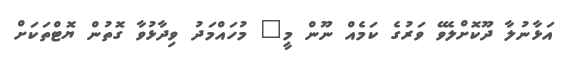
އަޅާނުލާ ދޫކޮށްލެވޭ ވަރުގެ ކަމެއް ނޫން މީ" މުހަައްމަދު ވިދާޅުވާ ގޮތުން ޔޮޓްތަކަށް